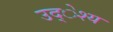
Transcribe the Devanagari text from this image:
उद्ेश्य